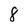
Character: 8